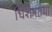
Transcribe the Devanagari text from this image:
धिशेषतया